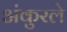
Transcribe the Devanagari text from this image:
अंकुरले